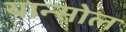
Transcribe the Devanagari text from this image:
यान्सोल